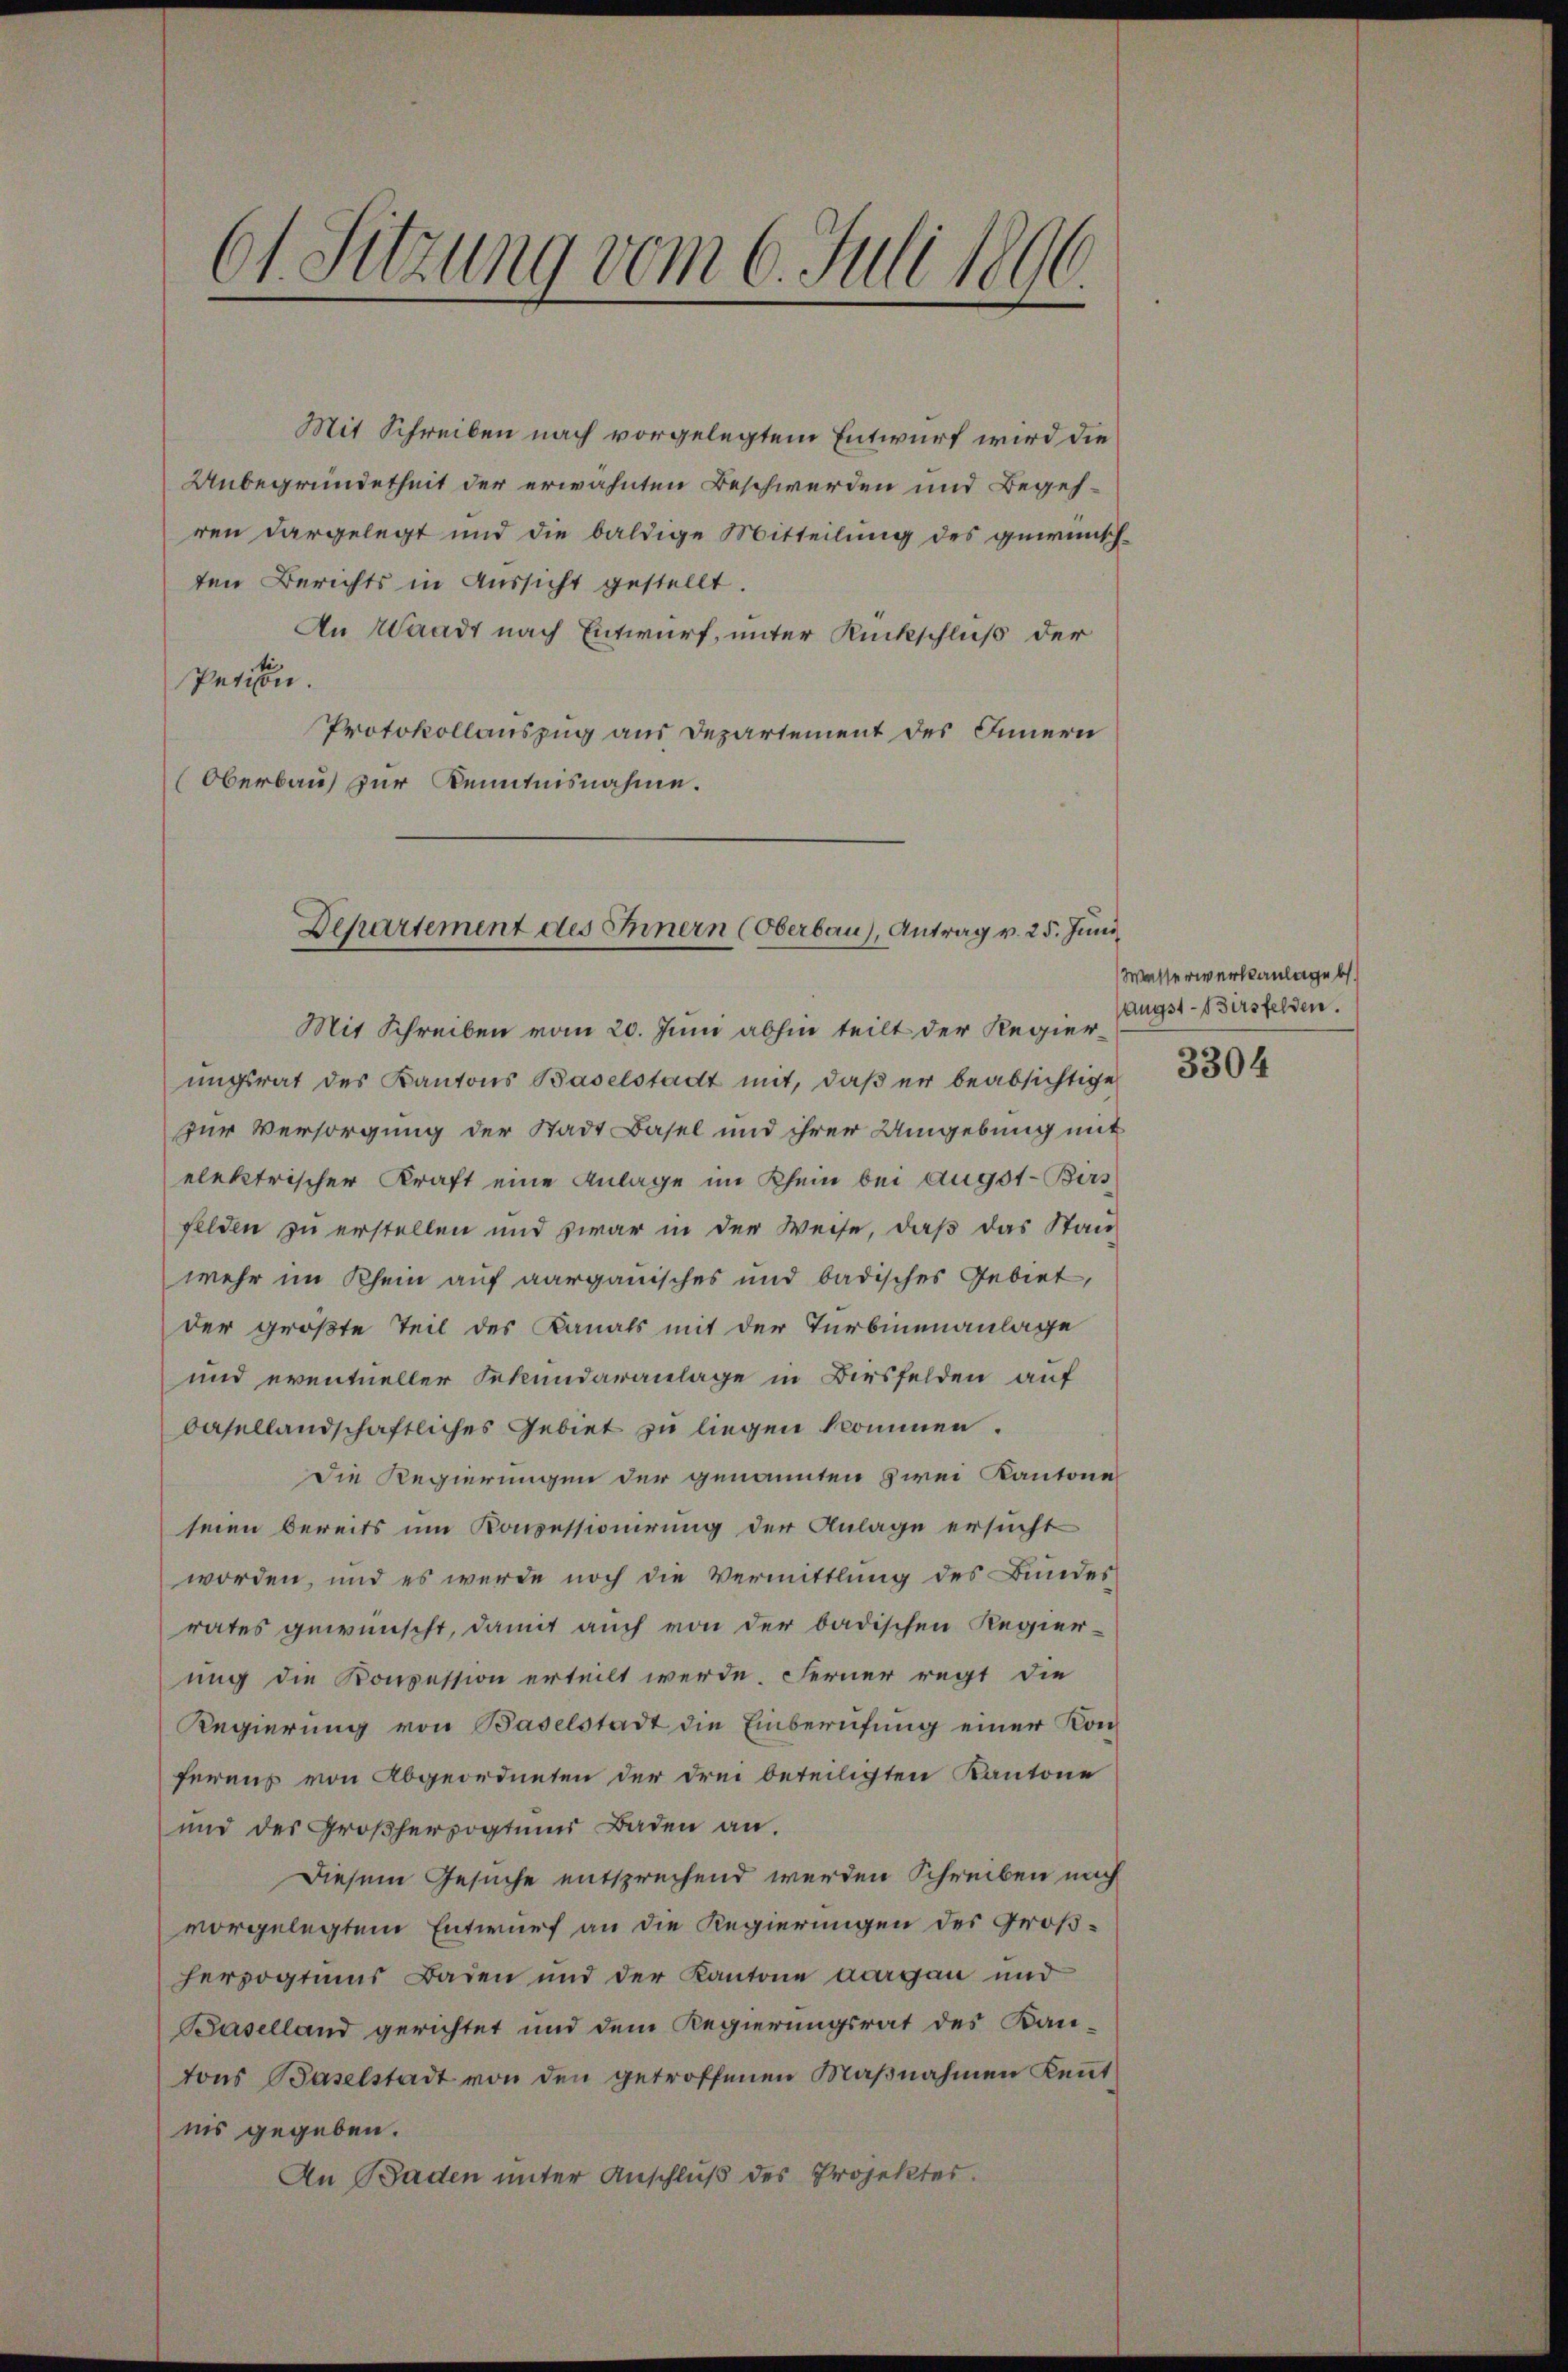
61. Sitzung vom 6. Juli 1890

Mit Schreiben nach vorgelegtem Entwurf wird die
Unbegründetheit der erwähnten Beschwerden und Begehren dargelegt und die baldige Mitteilung des gewünschten Berichts in Aussicht gestellt.
An Waadt nach Entwurf, unter Rückschluß der
Petiten.
Protokollauszug aus Departement des Innern
Oberbau zur Kenntnisnahme.

Departement des Innern (Oberbau), Antrag v. 25. Juni,

Mit Schreiben vom 20. Juni abhin teilt der Regierungsrat des Kantons Baselstadt mit, daß er beabsichtige
zur Versorgung der Stadt Basel und ihrer Umgebung mit
elektrischer Kraft eine Anlage im Rhein bei Augst-Burs
felden zu erstellen und zwar in der Weise, daß das Stan-
wehr im Rhein auf aargauisches und badisches Gebiet,
der größte Teil des Kanals mit der Turbinenanlage
und eventueller Sekundaranlage in Birsfelden auf
dasellandschaftliches Gebiet zu liegen kommen.
Die Regierungen der genannten zwei Kantone
seien bereits um Konsessionirung der Anlage ersucht
worden, und es werde noch die Vermittlung des Bundes
rates gewünscht, damit auch von der badischen Regier-
ung die Konzession erteilt werde. Ferner regt die
Regierung von Baselstadt die Einberufung einer Konferens von Abgeordneten der drei beteiligten Kantone
und des Großherzogtumm Baden an.
Diesem Gesuche entsprechend werden Schreiben nach
vorgelegtem Entwurf an die Regierungen des Großherzogtums Baden und der Kantone aargau und
Baselland gerichtet und dem Regierungsrat des Kantons Baselstadt von den getroffenen Maβnahmen Keṅt
nis gegeben.
An Baden unter Anschluß des Projektes.

Wasserwerksanlage b
ängst - Birsfelden.
3304